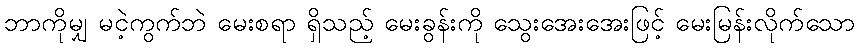
ဘာကိုမျှ မငဲ့ကွက်ဘဲ မေးစရာ ရှိသည့် မေးခွန်းကို သွေးအေးအေးဖြင့် မေးမြန်းလိုက်သော